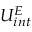
U _ { i n t } ^ { E }